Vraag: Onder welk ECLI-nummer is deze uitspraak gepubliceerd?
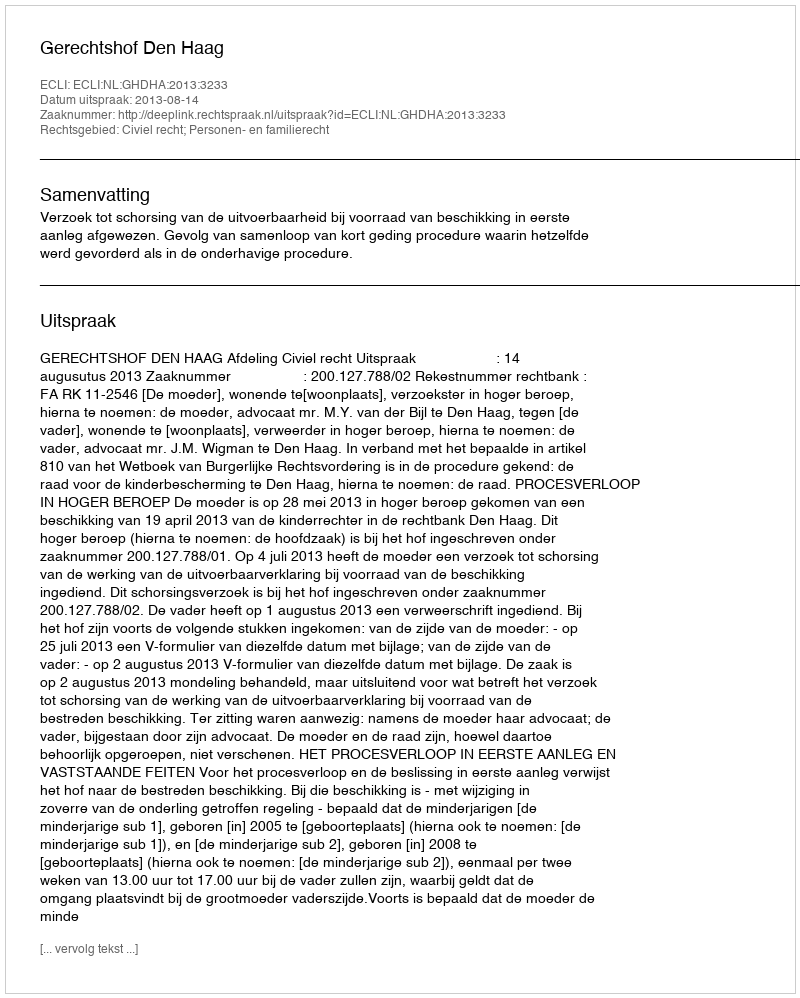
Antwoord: ECLI:NL:GHDHA:2013:3233